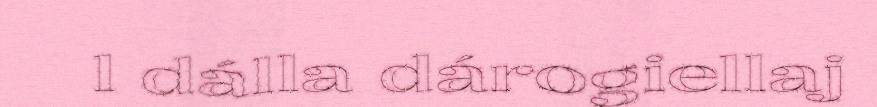
l dálla dárogiellaj